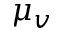
\mu _ { v }